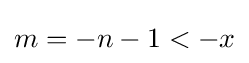
m=-n-1<-x